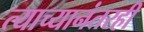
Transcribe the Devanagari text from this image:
त्याच्यानंतरही